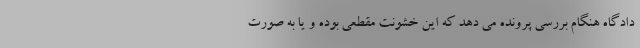
دادگاه هنگام بررسی پرونده می دهد که این خشونت مقطعی بوده و یا به صورت